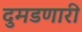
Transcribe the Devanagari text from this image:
दुमडणारी